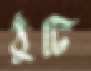
ঠুঁটি